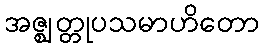
အဇ္ဈတ္တုပသမာဟိတော